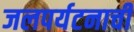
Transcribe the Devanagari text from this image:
जलपर्यटनाची